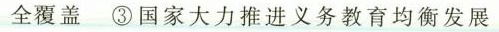
全覆盖 ③国家大力推进义务教育均衡发展